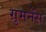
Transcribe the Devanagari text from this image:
ग्रुमनेंस